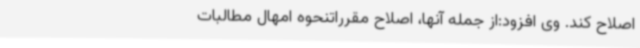
اصلاح کند. وی افزود:از جمله آنها، اصلاح مقرراتنحوه امهال مطالبات